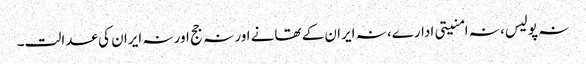
نہ پولیس، نہ امنیتی ادارے، نہ ایران کے تھانے اور نہ جج اور نہ ایران کی عدالت۔